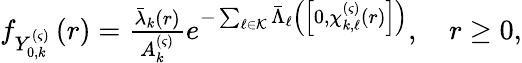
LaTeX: \begin{array}{r}{f_{Y_{0,k}^{\left(\varsigma\right)}}\left(r\right)=\frac{\bar{\lambda}_{k}\left(r\right)}{A_{k}^{\left(\varsigma\right)}}e^{-\sum_{\ell\in\mathcal{K}}{\bar{\Lambda}_{\ell}\left(\left[0,\chi_{k,\ell}^{\left(\varsigma\right)}\left(r\right)\right]\right)}},\quad r\ge 0,}\end{array}